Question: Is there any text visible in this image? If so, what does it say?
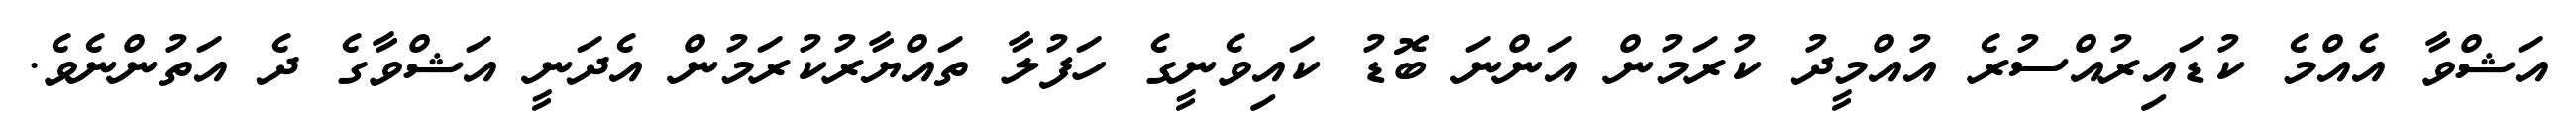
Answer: އަޝްވާ އެއްމެ ކުޑައިރުއްސުރެ އުއްމީދު ކުރަމުން އަންނަ ބޮޑު ކައިވެނީގެ ހަފުލާ ތައްޔާރުކުރަމުން އެދަނީ އަޝްވާގެ ދެ އަތުންނެވެ.